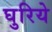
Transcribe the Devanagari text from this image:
घुरिये